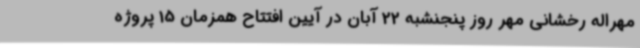
مهراله رخشانی مهر روز پنجنشبه 22 آبان در آیین افتتاح همزمان 15 پروژه